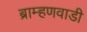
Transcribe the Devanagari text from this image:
ब्राम्हणवाडी